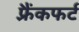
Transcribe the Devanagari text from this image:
फ़्रैंकफर्ट